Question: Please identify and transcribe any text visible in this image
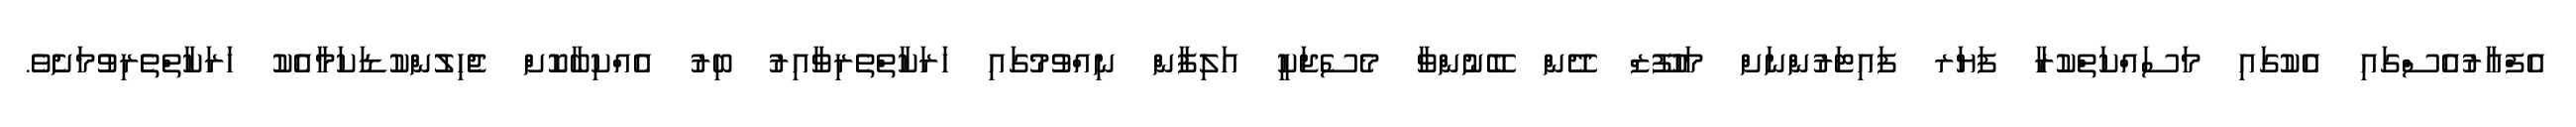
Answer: އެފްއާރުއެސްގައި އެކުގައި މަސައްކަތްކުރާ ފަޔަރ ފައިޓަރުންނަށް މަހުފޫޒް ދޭން ބޭނުންވާ މެސެޖަކީ އަލިފާން ނިއްވުމުގައި ހަރަކާތްތެރިވާއިރު ބިރު އެއްކިބާކޮށް ޖެހިލުންކުޑަކަމާއެކު ހަރަކާތްތެރިވުމަށެވެ.